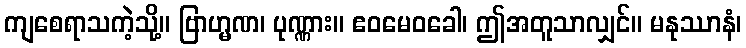
ကျစေရာသကဲ့သို့။ ဗြာဟ္မဏ၊ ပုဏ္ဏား။ ဧဝမေဝခေါ၊ ဤအတူသာလျှင်။ မနုဿာနံ၊